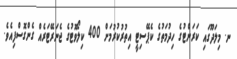
ނ. މިލަދޫގައި ކަރަންޓުގެ ހިދުމަތުގެ ކެޕޭސިޓީ އިތުރުކުރުމަށް 400 ކިލޯވޮޓުގެ ޖެނަރޭޓަރެއް ގެންގޮސްފިއެވެ.